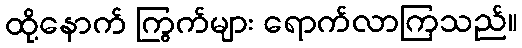
ထို့နောက် ကြွက်များ ရောက်လာကြသည်။